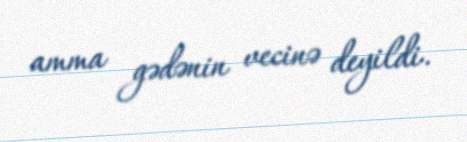
amma gədənin vecinə deyildi.